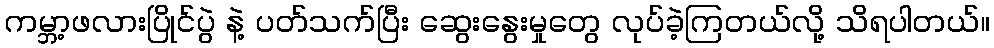
ကမ္ဘာ့ဖလားပြိုင်ပွဲ နဲ့ ပတ်သက်ပြီး ဆွေးနွေးမှုတွေ လုပ်ခဲ့ကြတယ်လို့ သိရပါတယ်။